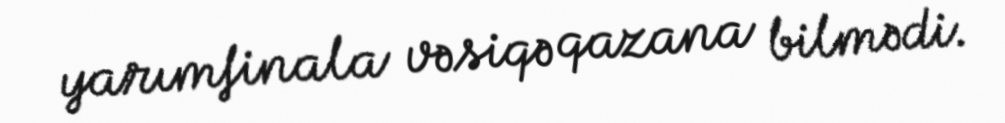
yarımfinala vəsiqə qazana bilmədi.